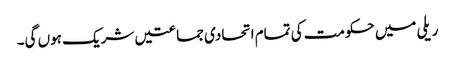
ریلی میں حکومت کی تمام اتحادی جماعتیں شریک ہوں گی۔